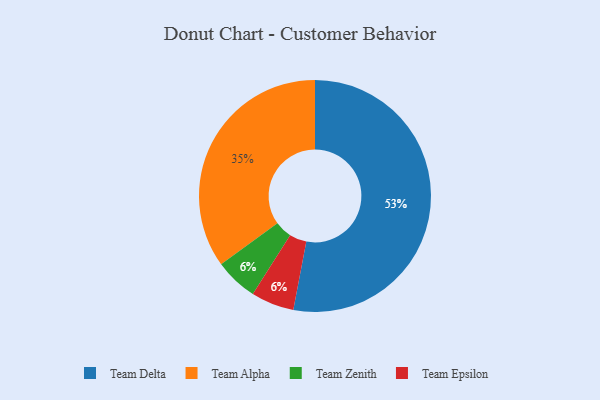
{"axis": {"x": "Category", "y": "Percentage"}, "legend": ["Team Alpha", "Team Delta", "Team Epsilon", "Team Zenith"], "data": [{"x": "Team Zenith", "y": 6, "type": "Team Zenith"}, {"x": "Team Epsilon", "y": 6, "type": "Team Epsilon"}, {"x": "Team Alpha", "y": 35, "type": "Team Alpha"}, {"x": "Team Delta", "y": 53, "type": "Team Delta"}]}